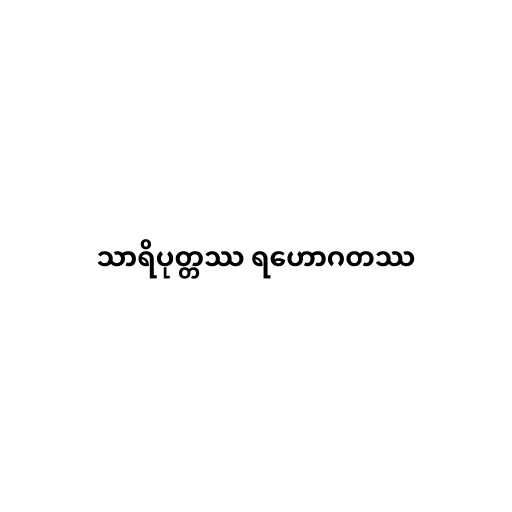
သာရိပုတ္တဿ ရဟောဂတဿ